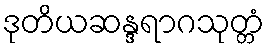
ဒုတိယဆန္ဒရာဂသုတ္တံ